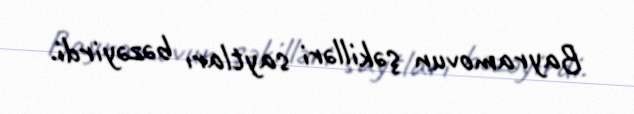
Bayramovun şəkilləri saytları bəzəyirdi.